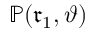
\mathbb { P } ( \mathfrak { r } _ { 1 } , \vartheta )